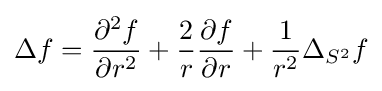
\Delta f={\frac {\partial ^{2}f}{\partial r^{2}}}+{\frac {2}{r}}{\frac {\partial f}{\partial r}}+{\frac {1}{r^{2}}}\Delta _{S^{2}}f